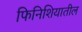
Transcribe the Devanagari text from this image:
फिनिशियातील